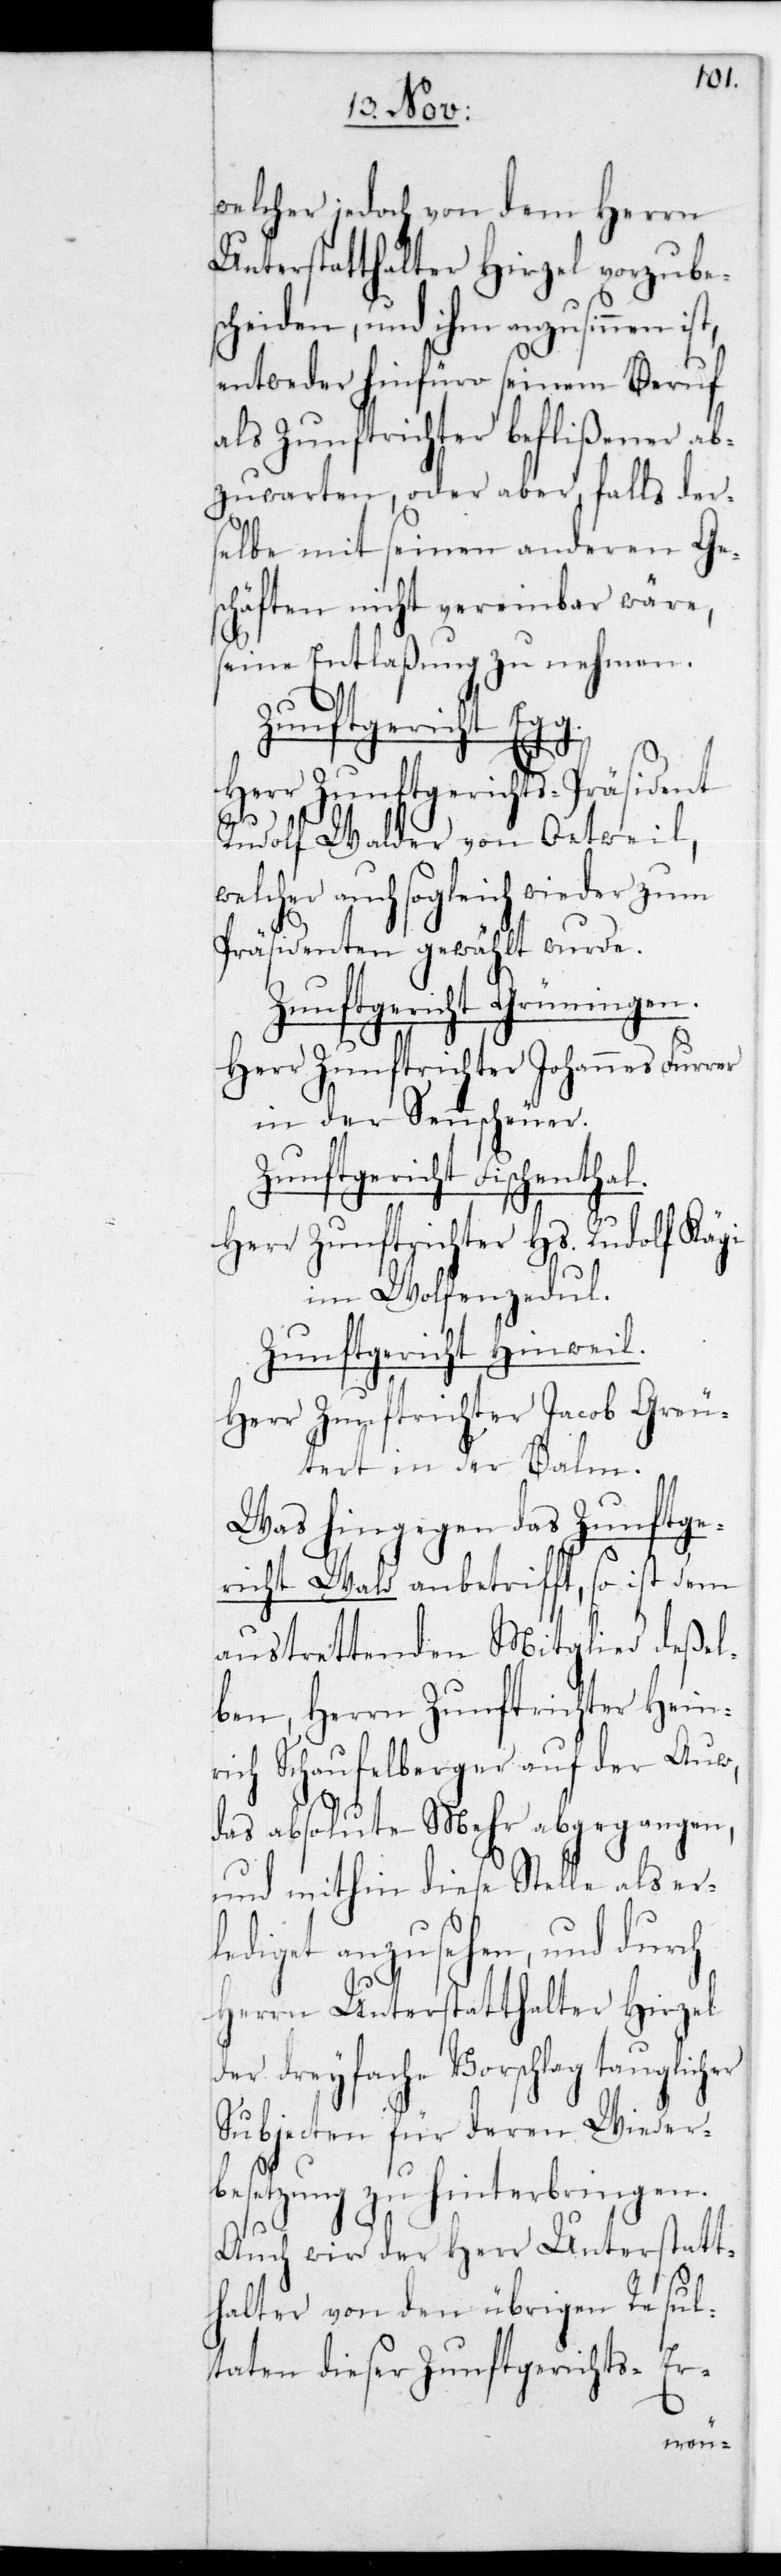
welcher jedoch von dem Herrn
Unterstatthalter Hirzel vorzubesc¬
heiden, und ihm anzusinnen
entweder hinfüro seinem Beruf
als Zunftrichter beflißener ab¬
zuwarten, oder aber, falls der¬
selbe mit seinen anderen Ge¬
schäften nicht vereinbar wäre,
seine Entlaßung zu nehmen.
Zunftgericht Egg.
Herr Zunftgerichts-Präsident
Rudolf Walder von Oetweil,
welcher auch sogleich wieder zum
Präsidenten gewählt wurde.
Zunftgericht Grüningen.
Herr Zunftrichter Johannes Furrer
in der Sennscheuer.
Zunftgericht Fischenthal.
Herr Zunftrichter Hs. Rudolf Kägi
im Wolfenzedul.
Zunftgericht Hinweil.
Herr Zunftrichter Jacob Greu¬
tert in der Balm.
Was hingegen das Zunftge¬
richt Wald anbetrifft, so ist dem
austrettenden Mitglied deßel¬
ben, Herrn Zunftrichter Hein¬
rich Schaufelberger auf der Auw,
das absolute Mehr abgegangen,
und mithin diese Stelle als er¬
lediget anzusehen, und durch
Herrn Unterstatthalter Hirzel
der dreyfache Vorschlag tauglich¬
Subjecten für deren Wieder¬
besetzung zu hinterbringen.
Auch wird der Herr Unterstatt¬
halter von den übrigen Resul¬
taten dieser Zunftgerichts-Er-
er